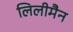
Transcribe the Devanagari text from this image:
लिलीमैन